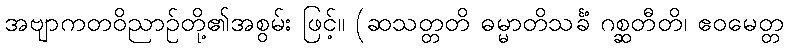
အဗျာကတဝိညာဉ်တို့၏အစွမ်း ဖြင့်။ (ဆသတ္တတိ ဓမ္မာတိသင်္ခံ ဂစ္ဆတီတိ၊ ဧဝမေတ္တ